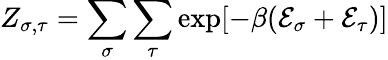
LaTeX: Z_{\sigma,\tau}=\sum_{\sigma}\sum_{\tau}\exp[-\beta(\mathcal{E}_{\sigma}+\mathcal{E}_{\tau})]